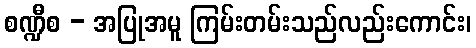
စဏ္ဍီစ - အပြုအမူ ကြမ်းတမ်းသည်လည်းကောင်း၊